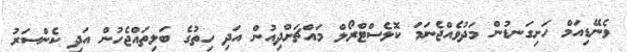
ވެނޭޑިއަމް ހަށިގަނޑުން މަދުވެއްޖެނަމަ ކޮލެސްޓްރޯލް މައްޗަށްދިއުން އަދި ހިތުގެ ބަލިތައްޖެހުން އަދި ކެންސަރު